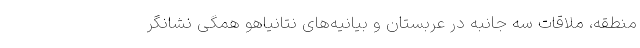
منطقه، ملاقات‌ سه جانبه در عربستان و بیانیه‌های نتانیاهو همگی نشانگر